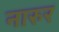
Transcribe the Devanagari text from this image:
नारुर